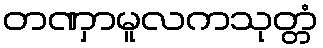
တဏှာမူလကသုတ္တံ